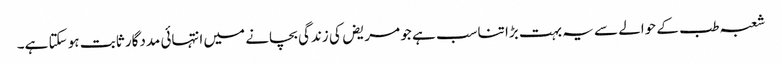
شعبہ طب کے حوالے سے یہ بہت بڑا تناسب ہے جو مریض کی زندگی بچانے میں انتہائی مددگار ثابت ہو سکتا ہے۔